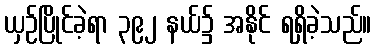
ယှဉ်ပြိုင်ခဲ့ရာ ၃၉၂ နယ်၌ အနိုင် ရရှိခဲ့သည်။